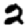
Digit: 2